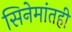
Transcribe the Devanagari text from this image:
सिनेमांतही